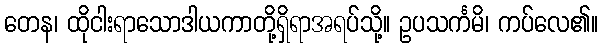
တေန၊ ထိုငါးရာသောဒါယကာတို့ရှိရာအရပ်သို့။ ဥပသင်္ကမိ၊ ကပ်လေ၏။